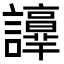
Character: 𧭺